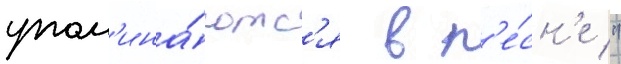
упом'ина́ютс'я в п'е́сн'е "